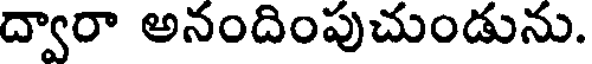
ద్వారా అనందింపుచుండును.